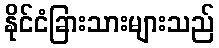
နိုင်ငံခြားသားများသည်